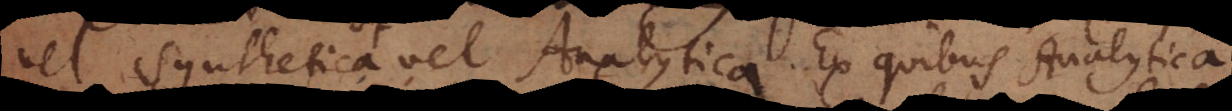
vel Synthetica vel Analytica. Ex quibus Analytica